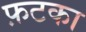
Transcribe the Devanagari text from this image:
फ़टका